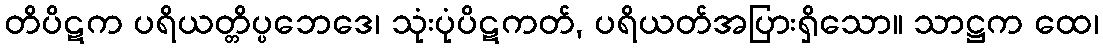
တိပိဋက ပရိယတ္တိပ္ပဘေဒေ၊ သုံးပုံပိဋကတ်, ပရိယတ်အပြားရှိသော။ သာဋ္ဌက ထေ၊